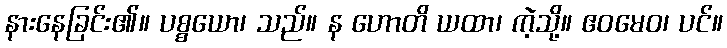
နားနေခြင်း၏။ ပစ္စယော၊ သည်။ န ဟောတိ ယထာ၊ ကဲ့သို့။ ဧဝမေဝ၊ ပင်။